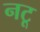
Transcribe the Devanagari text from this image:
नटू